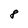
Character: 8